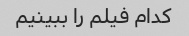
کدام فیلم را ببینیم